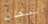
المكان